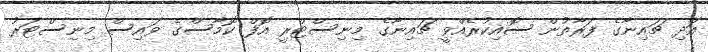
އަދި ޗައިނާގެ ފަރާތުން ސޮއިކުރެއްވީ ޗައިނާގެ މިނިސްޓްރީ އޮފް ކޮމާސްގެ ވައިސް މިނިސްޓަރު